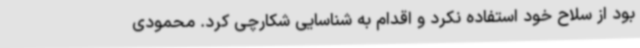
بود از سلاح خود استفاده نکرد و اقدام به شناسایی شکارچی کرد. محمودی